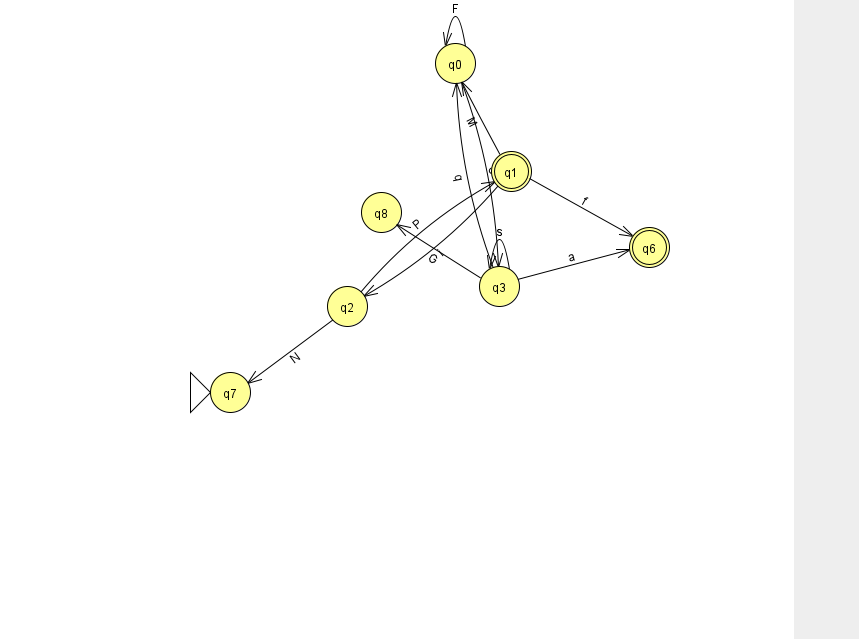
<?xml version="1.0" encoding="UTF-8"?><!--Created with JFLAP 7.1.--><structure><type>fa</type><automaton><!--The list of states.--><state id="0" name="q0"><x>455.0</x><y>50.0</y></state><state id="1" name="q1"><x>511.0</x><y>158.0</y><final/></state><state id="2" name="q2"><x>347.0</x><y>293.0</y></state><state id="3" name="q3"><x>499.0</x><y>273.0</y></state><state id="6" name="q6"><x>649.0</x><y>234.0</y><final/></state><state id="7" name="q7"><x>230.0</x><y>379.0</y><initial/></state><state id="8" name="q8"><x>381.0</x><y>199.0</y></state><!--The list of transitions.--><transition><from>1</from><to>0</to><read>M</read></transition><transition><from>3</from><to>3</to><read>s</read></transition><transition><from>1</from><to>6</to><read>f</read></transition><transition><from>2</from><to>1</to><read>P</read></transition><transition><from>0</from><to>0</to><read>F</read></transition><transition><from>3</from><to>0</to><read>q</read></transition><transition><from>0</from><to>3</to><read>O</read></transition><transition><from>3</from><to>8</to><read>G</read></transition><transition><from>2</from><to>7</to><read>N</read></transition><transition><from>3</from><to>6</to><read>a</read></transition><transition><from>1</from><to>2</to><read>i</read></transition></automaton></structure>